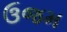
ઉજમ